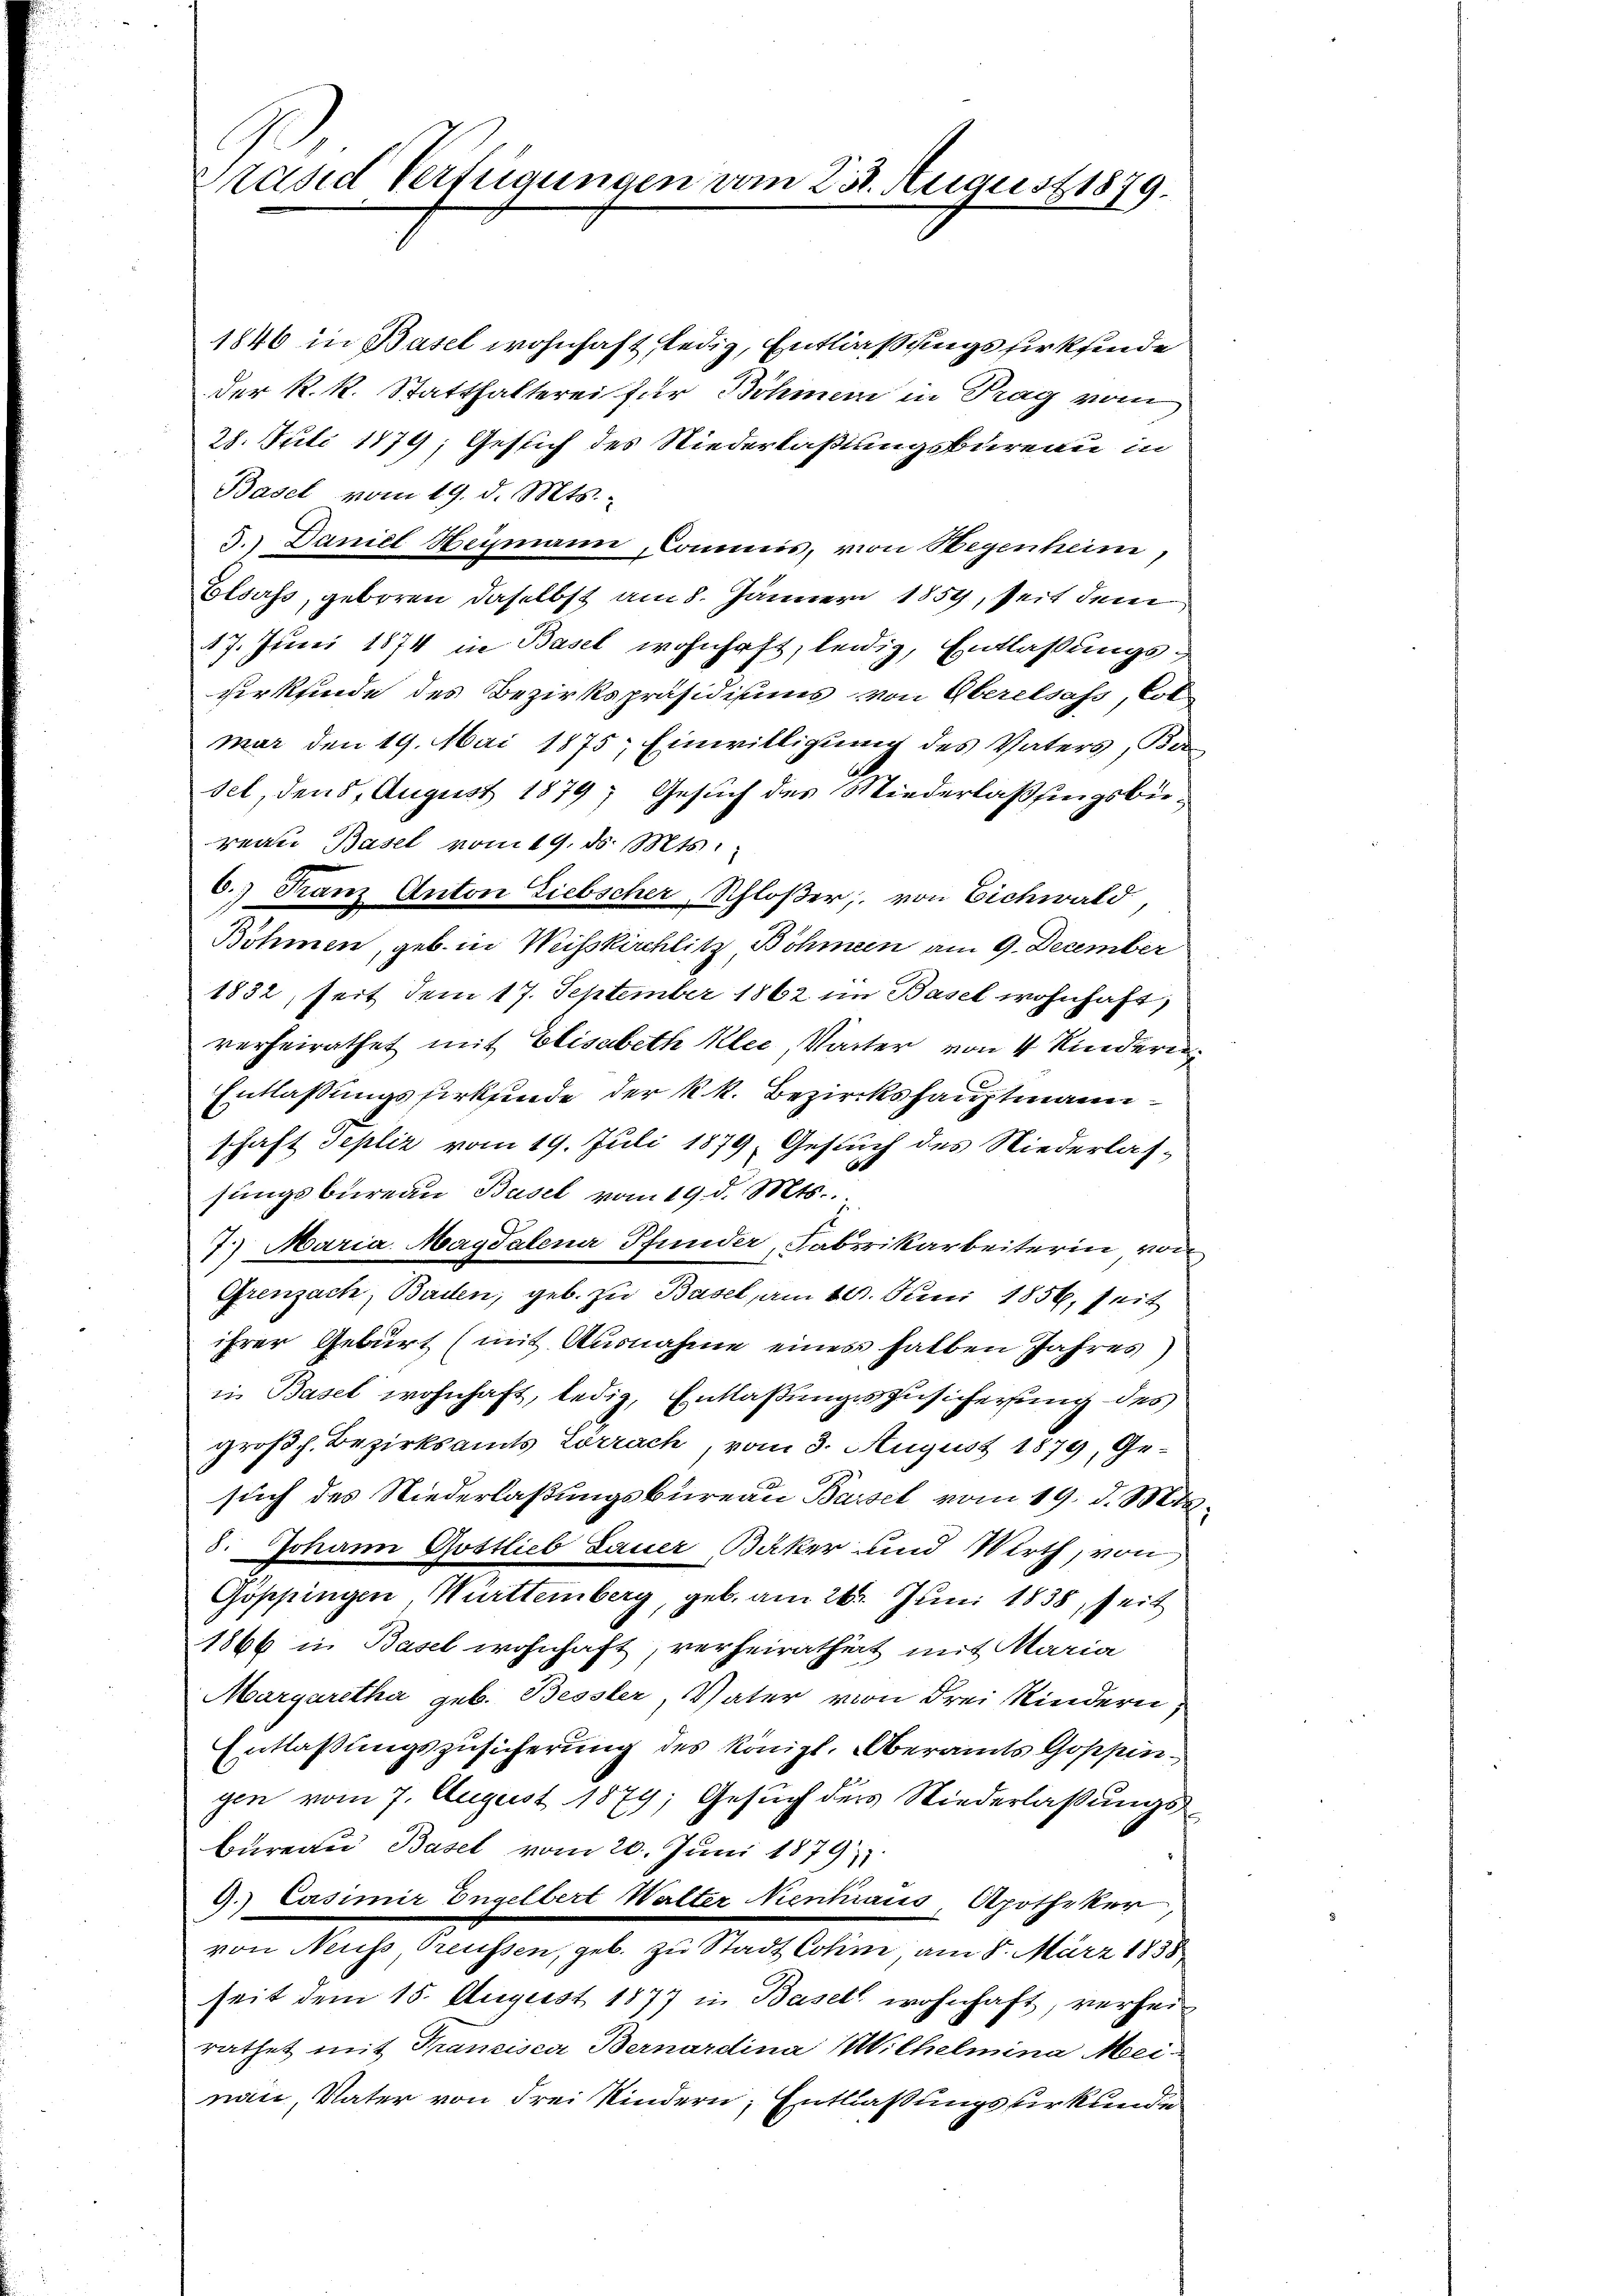
Präsid Verfügungen vom 252. August 1879.

1846 in Basel wohnhaft ledig, Entlassungsfirkfinde
der k. k. Statthalterei für Böhmen in Prag vom
28. Juli 1879; Gesich des Niederlaßungsbureau in
Basel vom 19. d. Mts.
5.) Daniel Heymann, Commis, von Wegenheim,
Elsass, geboren daselbst am 8. Jänner 1859, seit dem
17. Juni 1874 in Basel wohnhaft, leidig, Entlaßungsverkfinde des Bezirkspräsidiums von Oberelsass, Lot
mar den 19. Mai 1875; Einwilligung des Vaters, Ka
set, den 5. August 1879; Gesuch des Niederlaßungsbüreau Basel vom 19. ds. Mts.
6.) Franz Anton Liebscher, Schloßer, von Eichwald,
Böhmen, geb. in Weisskirchlitz Böhmern am 9. December
1832, seit dem 17. September 1862 im Basel wohnhaft
verheirathet mit Elisabeth Klee, Vater von 4 Kinderen
Entlassungsfirksende der k.k. Bezirkshauptmann
schaft Tepliz vom 19. Juli 1879, Gesuch des Niederlassungsbureau Basel vom 19. d. Mts.
7.) Maria Magdalena Pfunder, Fabrikarbeiterin von
Grenzack, Baden, geb. zu Basel, am 10. Juni 1856, seit
ihrer Geburt (mit Ausnahme eines halben Jahres)
in Basel wohnhaft, ledig, Entlaßungszusicherung des
großh. Bezirksamts Lörrach, vom 3. August 1879, Gesuch des Niederlaßungsbureau Bassel vom 19. d. Mts.
8. Johann Gottlieb Lauer Bäker und Wirth, von
Göppingen Württemberg, geb. am 26. Juni 1838, seit
1866 in Basel wohnhaft, verheirathet mit Maria
Margaretha geb. Bessler, Vater von drei Kindern,
Entlassungszusicherung des Königl. Oberamts Goppingen vom 7. August 1879; Gesuch der Niederlaßungsbureau, Basel vom 20. Juni 1879.
9.) Casimir Engelbert Walter Nieninaus, Apotheker,
von Neuss, Greussen, geb. zu Stadt Cohm, am 8. März 1838
seit dem 15. August 1877 in Basel wohnhaft, verhei
rathet mit Franzisca Bernardina Wilhelmina Mei-
nau, Vater von drei Kindern Entlaßungsurkunde